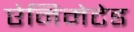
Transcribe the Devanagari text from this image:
ऐनिमेटेड